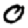
Digit: 0